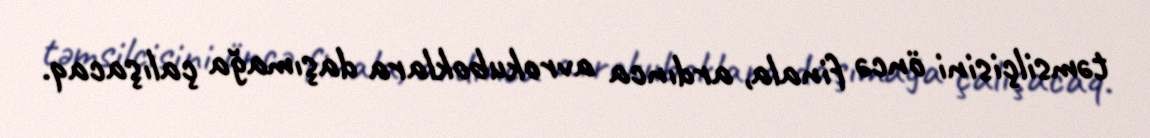
təmsilçisini öncə finala, ardınca avrokuboklara daşımağa çalışacaq.